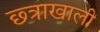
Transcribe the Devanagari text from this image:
छ्त्राखाली